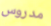
مدروس